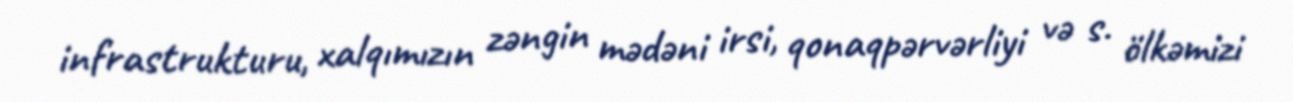
infrastrukturu, xalqımızın zəngin mədəni irsi, qonaqpərvərliyi və s. ölkəmizi